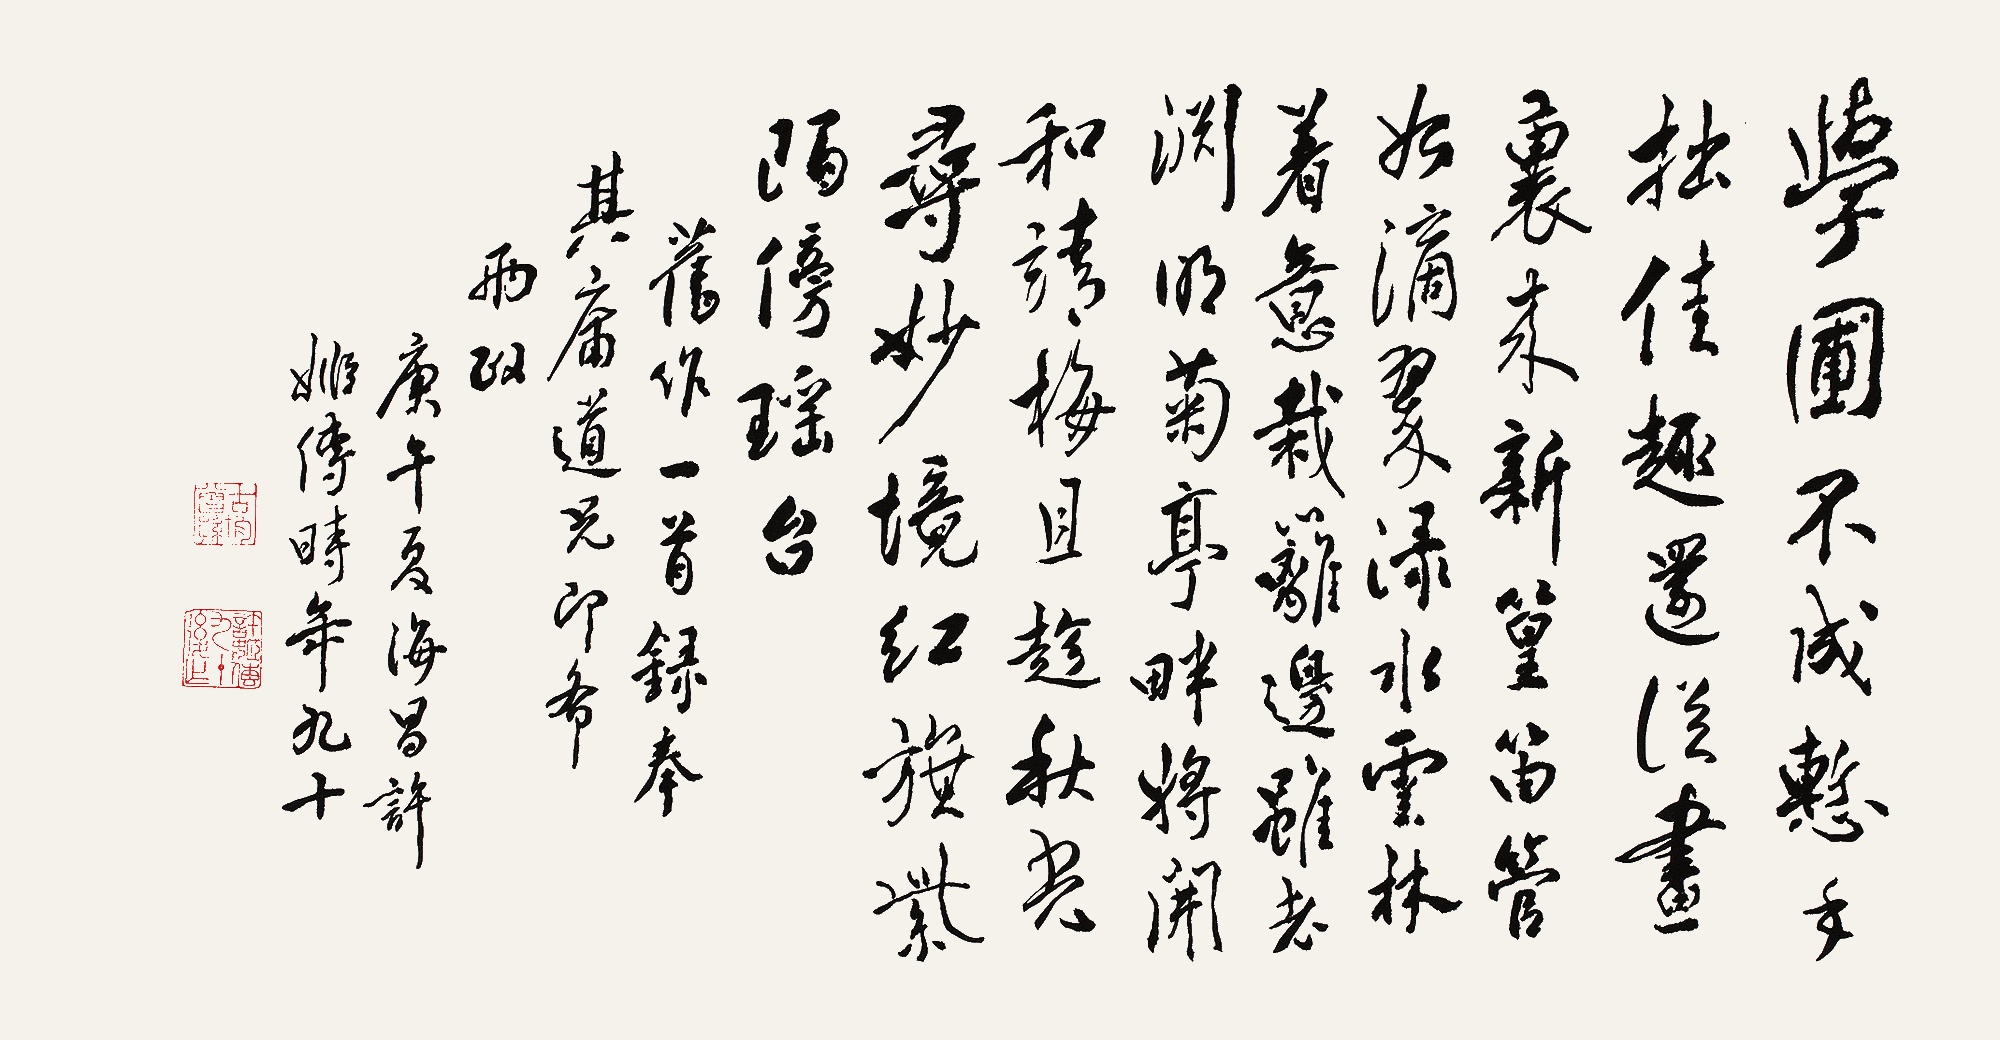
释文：学圃不成惭手拙，佳趣还从画里来。新篁笛管如滴翠，渌水云林着意栽。篱边虽老渊明菊，亭畔将开和靖梅。且趁秋光寻妙境，红旗紫陌傍瑶台。旧作一首，录奉其庸道兄，即希两政。庚午夏，海昌许姬传，时年九十。